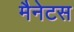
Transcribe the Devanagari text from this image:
मैनेटस